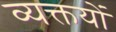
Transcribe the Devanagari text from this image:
व्यक्तयों